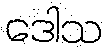
ဒေါသ